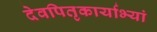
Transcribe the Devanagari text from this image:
देवपितृकार्याभ्यां